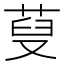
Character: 𦲪